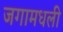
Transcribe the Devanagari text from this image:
जगामधली